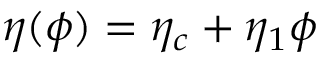
\eta ( { \phi } ) = \eta _ { c } + \eta _ { 1 } \phi